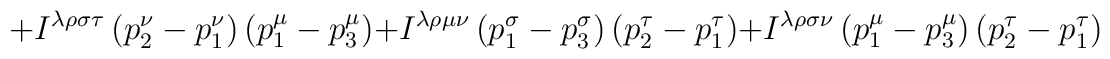
+I^{\lambda \rho \sigma \tau }\left( p_{2}^{\nu }-p_{1}^{\nu }\right)\left( p_{1}^{\mu }-p_{3}^{\mu }\right) +I^{\lambda \rho \mu \nu }\left(p_{1}^{\sigma }-p_{3}^{\sigma }\right) \left( p_{2}^{\tau }-p_{1}^{\tau}\right) +I^{\lambda \rho \sigma \nu }\left( p_{1}^{\mu }-p_{3}^{\mu}\right) \left( p_{2}^{\tau }-p_{1}^{\tau }\right)